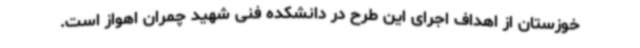
خوزستان از اهداف اجرای این طرح در دانشکده فنی شهید چمران اهواز است.